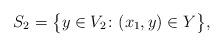
LaTeX: \begin{align*}S_2 = \big\{ y \in V_2 \colon (x_1, y) \in Y \big\},\end{align*}